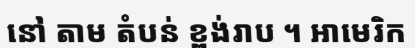
នៅ តាម តំបន់ ខ្ពង់រាប ។ អាមេរិក